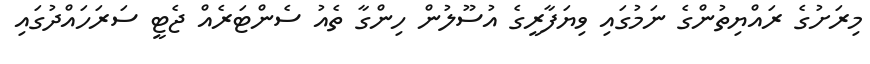
މިރަށުގެ ރައްޔިތުންގެ ނަމުގައި ވިޔަފާރީގެ އުސޫލުން ހިންގާ ތެއު ސެންޓަރެއް ޖެޓީ ސަރަހައްދުގައި